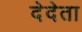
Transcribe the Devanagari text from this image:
देदेता